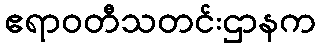
ဧရာဝတီသတင်းဌာနက